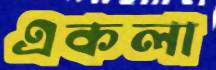
একলা